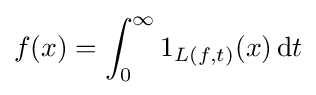
f(x)=\int _{0}^{\infty }1_{L(f,t)}(x)\,\mathrm {d} t